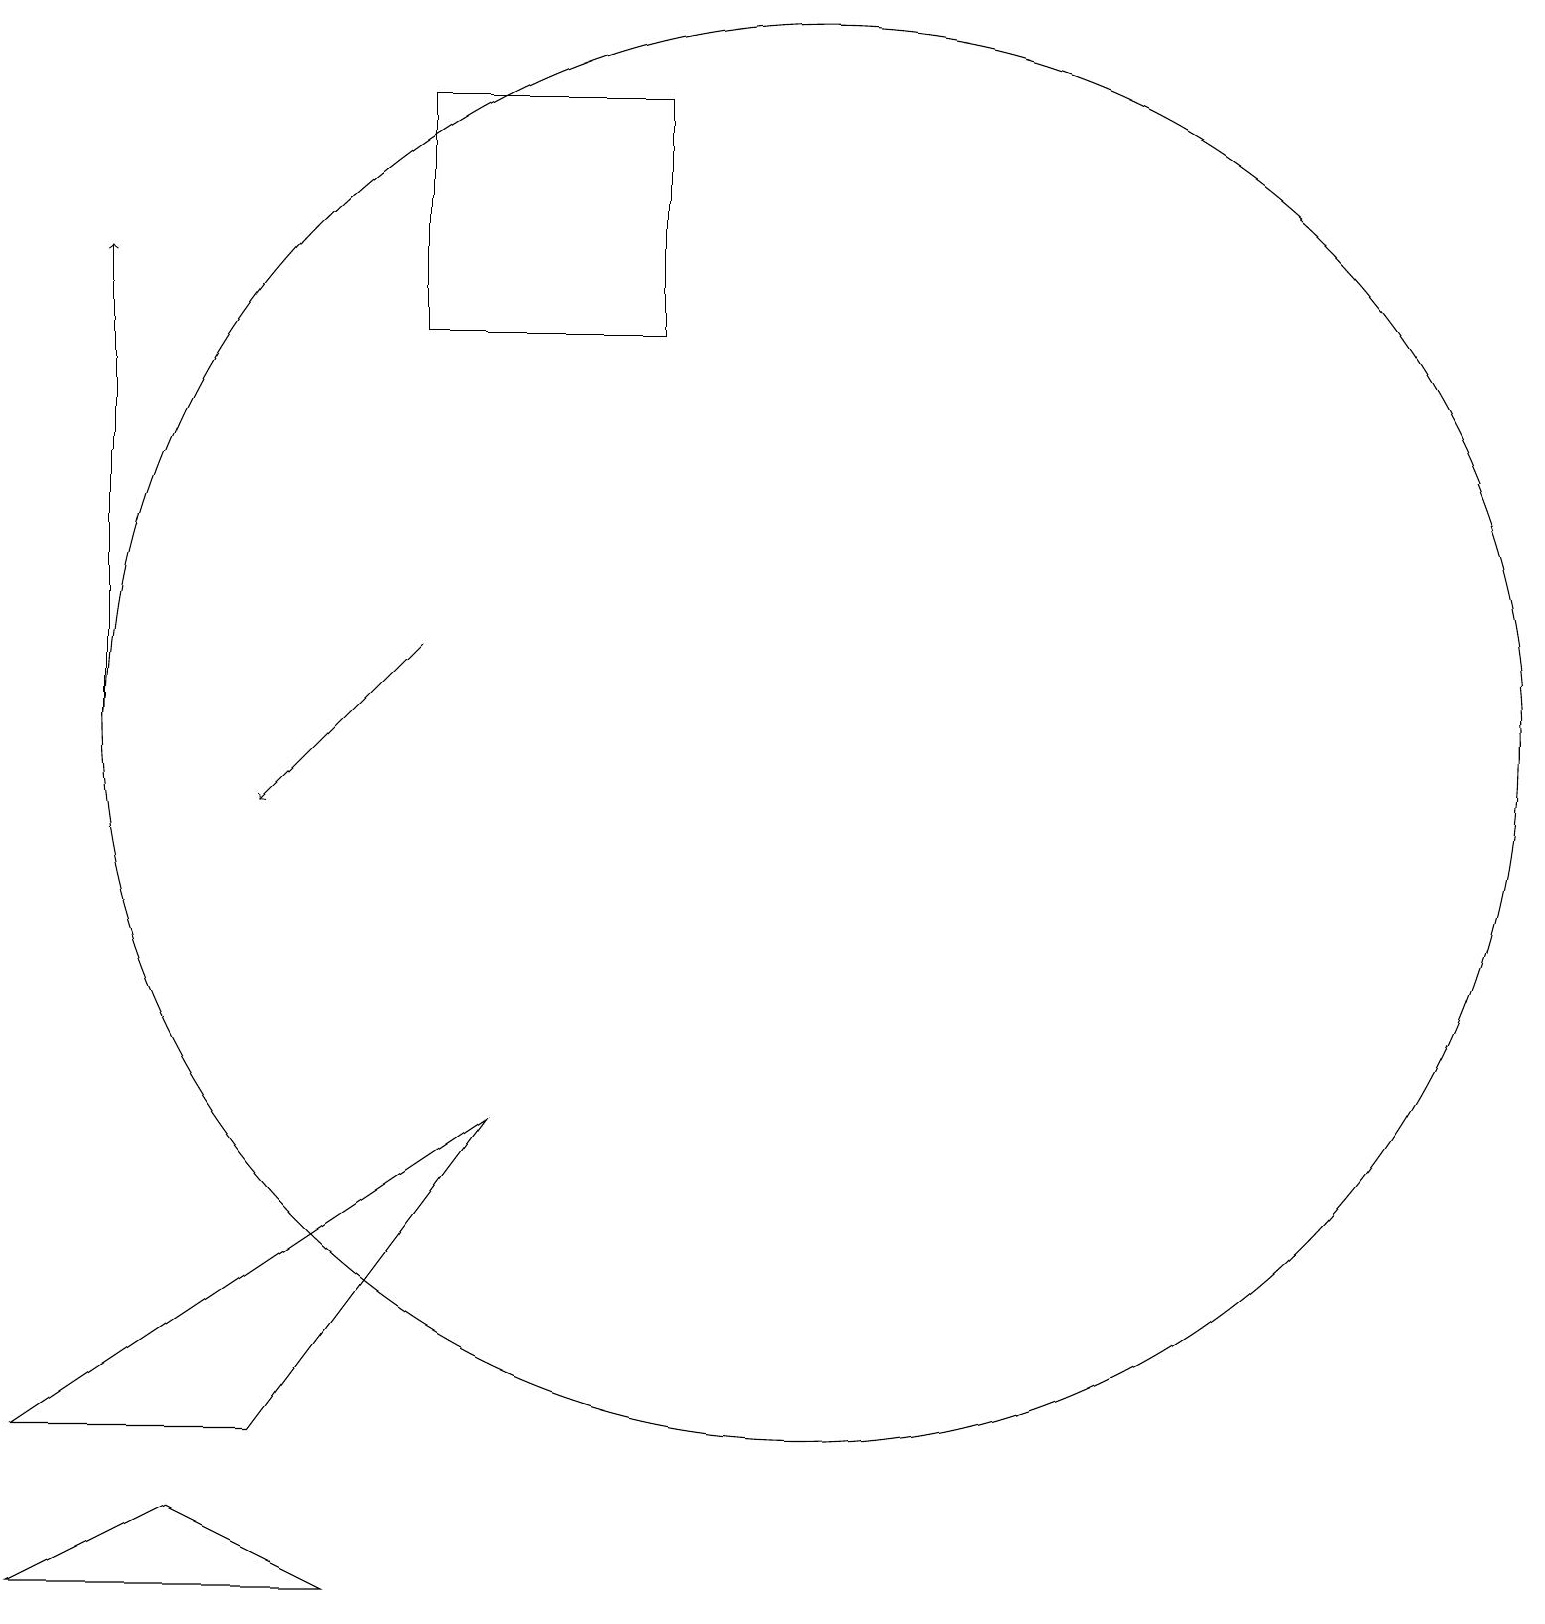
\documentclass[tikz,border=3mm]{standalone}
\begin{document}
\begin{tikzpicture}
\draw[->] (1,11) -- (1,17);
\draw (8,19) rectangle (5,16);
\draw[->] (5,12) -- (3,10);
\draw (0,2) -- (6,6) -- (3,2) -- cycle;
\draw (10,11) circle (9);
\draw (2,1) -- (0,0) -- (4,0) -- cycle;
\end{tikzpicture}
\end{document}